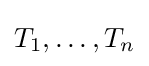
T_{1},\ldots ,T_{n}